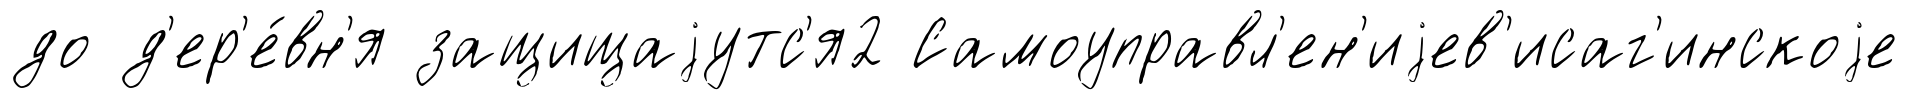
до д'ер'е́вн'я защищаjутс'я2 Самоуправл'ен'иjев'исаг'инскоjе